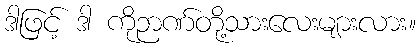
ဒါဖြင့် ဒါ ကိုဉာဏ်တို့သားလေးများလား။